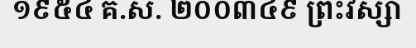
១៩៥៤ គ.ស. ២០០៣៤៩ ព្រះវស្សា